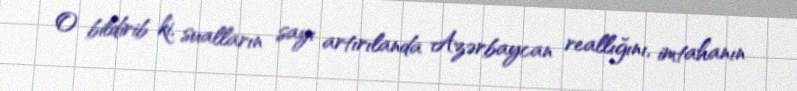
O bildirib ki, sualların sayı artırılanda Azərbaycan reallığını, imtahanın